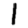
Digit: 1